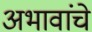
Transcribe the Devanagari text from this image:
अभावांचे